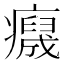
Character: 𤻯